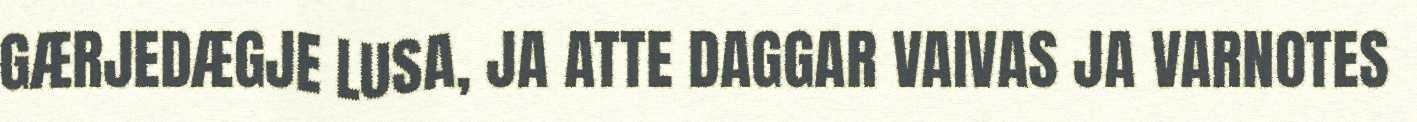
GÆRJEDÆGJE LUSA, JA ATTE DAGGAR VAIVAS JA VARNOTES